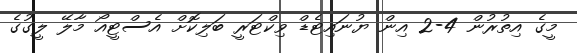
މީގެ އިތުރުން 4-2 އިން ޔުނައިޓެޑް ވިކްޓަރީ ބަލިކޮށް އެސްޓީއޯ މާލޭ ލީގުގެ